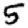
Digit: 5